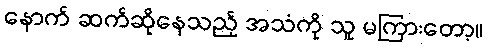
နောက် ဆက်ဆိုနေသည့် အသံကို သူ မကြားတော့။